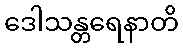
ဒေါသန္တရေနာတိ